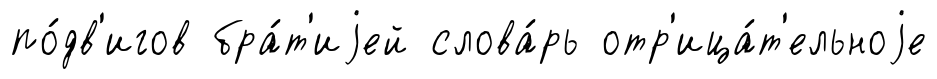
по́дв'игов бра́т'иjей слова́рь отр'ица́т'ельноjе